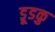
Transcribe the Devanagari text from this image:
डूडकु